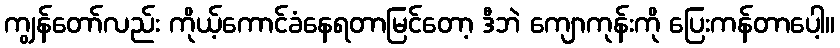
ကျွန်တော်လည်း ကိုယ့်ကောင်ခံနေရတာမြင်တော့ ဒီဘဲ ကျောကုန်းကို ပြေးကန်တာပေါ့။